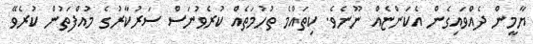
ޔާމީން ދެއްވައިގެން އެކަންޏެއް ނޫނެވެ. ކިތައްމެ ތުހުމަތެއް ކުރެވުނަސް ސަރުކާރުގެ މުއްފަތުން ކުރެވޭ